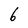
Character: 6